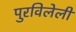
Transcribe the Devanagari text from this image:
पुरविलेली